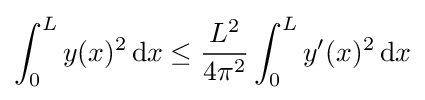
\int _{0}^{L}y(x)^{2}\,\mathrm {d} x\leq {\frac {L^{2}}{4\pi ^{2}}}\int _{0}^{L}y'(x)^{2}\,\mathrm {d} x